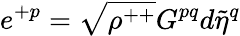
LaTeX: e^{+p}=\sqrt{\rho^{++}}G^{pq}d{\tilde{\eta}}^{q}